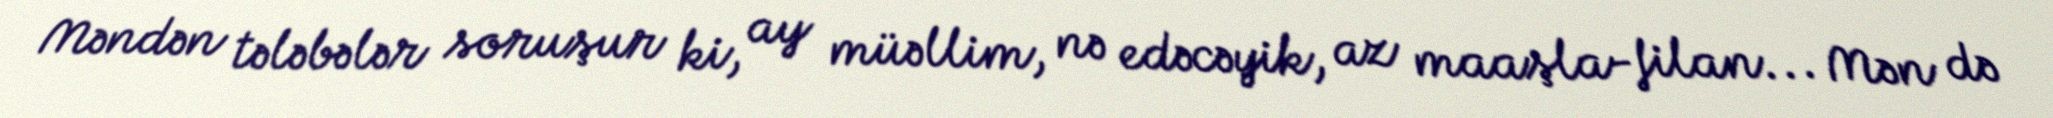
Məndən tələbələr soruşur ki, ay müəllim, nə edəcəyik, az maaşla-filan... Mən də